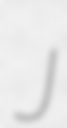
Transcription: J